Papers set at the Examination for Leaving Certificates, 1893
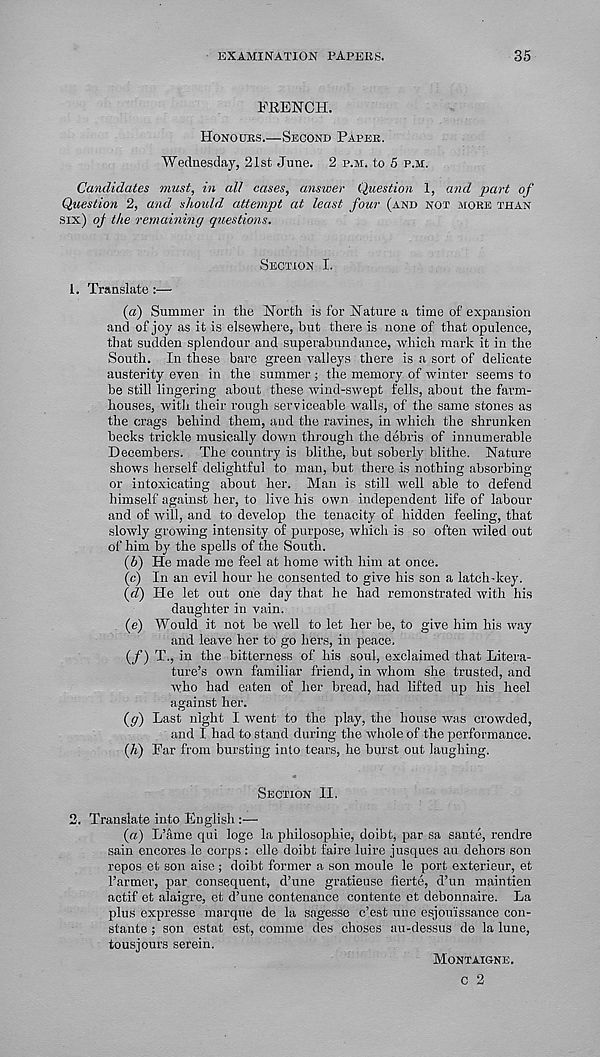
EXAMINATION PAPEIiS.
35
FRENCH.
Honodes.—Second Papee.
Wednesday, 21st June. 2 p.m. to 5 p.m.
Candidates must, in all cases, answer Question 1, and part of
Question 2, and should attempt at least four (and not more than
six) oj the remaining questions.
Section I.
1. Translate :—
(a) Summer in the North is for Nature a time of expansion
and of joy as it is elsewhere, but there is none of that opulence,
that sudden splendour and superabundance, which mark it in the
South. In these bare green valleys there is a sort of delicate
austerity even in the summer ; the memory of winter seems to
be still lingering about these wind-swept fells, about the farm-
houses, with their rough serviceable walls, of the same stones as
the crags behind them, and the ravines, in which the shrunken
becks trickle musically down through the debris of innumerable
Decembers. The country is blithe, but soberly blithe. Nature
shows herself delightful to man, hut there is nothing absorbing
or intoxicating about her. Man is still well able to defend
himself against her, to live his own independent life of labour
and of will, and to develop the tenacity of hidden feeling, that
slowly growing intensity of purpose, which is so often wiled out
of him by the spells of the South.
(5) He made me feel at home with him at once.
(c) In an evil hour he consented to give his son a latch-key.
(rZ) He let out one day that he had remonstrated with his
daughter in vain.
(e) Would it not he well to let her be, to give him his way
and leave her to go hers, in peace.
(/) T., in the bitterness of his soul, exclaimed that Litera-
ture’s own familiar friend, in whom she trusted, and
who had eaten of her bread, had lifted up his heel
against her.
(<?) Last night I went to the play, the house was crowded,
and I had to stand during the whole of the performance.
(7t) Far from bursting into tears, he burst out laughing.
Section II.
2. Translate into English :—
(a) L’ame qui loge la philosophic, doibt, par sa saute, rendre
sain encores le corps: elle doibt faire luire jusques au dehors son
repos et son aise; doibt former a son moule le port exterieur, et
Farmer, par consequent, d’une gratieuse fierte, d’un maintien
actif et alaigre, et d’une contenance contente et debonnaire. La
plus expresse marque de la sagesse c’est une esjouissance con-
stante ; son estat est, comme des choses au-dessus de la lune,
tousjours serein.
Montaigne.
c 2